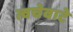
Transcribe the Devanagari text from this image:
त्वचेवाटे